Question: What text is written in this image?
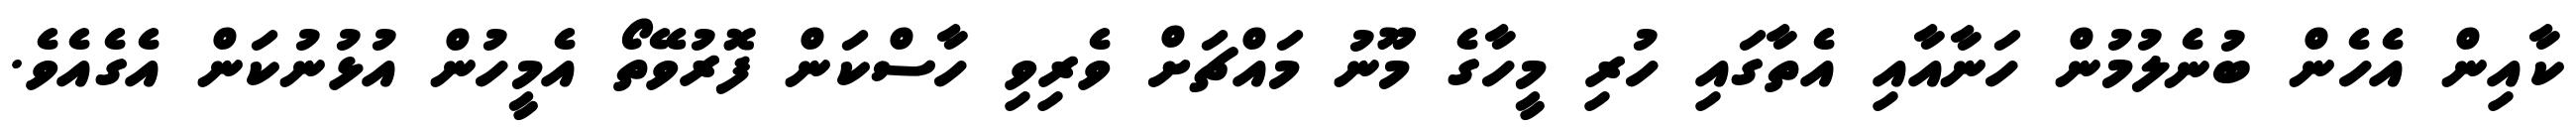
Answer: ކާއިން އެހެން ބުނެލުމުން ހަނާއާއި އެތާގައި ހުރި މީހާގެ މޫނު މައްޗަށް ވެރިވި ހާސްކަން ފޮރުވޭތޯ އެމީހުން އުޅުނުކަން އެގެއެވެ.